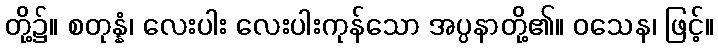
တို့၌။ စတုန္နံ၊ လေးပါး လေးပါးကုန်သော အပ္ပနာတို့၏။ ဝသေန၊ ဖြင့်။